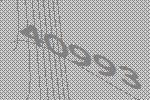
40993